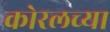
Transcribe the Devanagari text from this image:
कोरलच्या